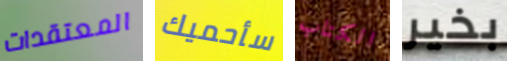
المعتقدات سأحميك الكتاب بخير